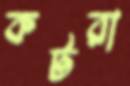
কটরা